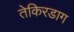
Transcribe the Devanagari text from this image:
तेकिरडाग